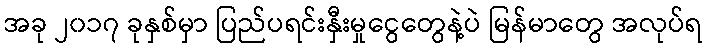
အခု ၂၀၁၇ ခုနှစ်မှာ ပြည်ပရင်းနှီးမှုငွေတွေနဲ့ပဲ မြန်မာတွေ အလုပ်ရ